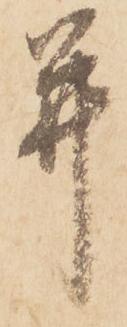
并